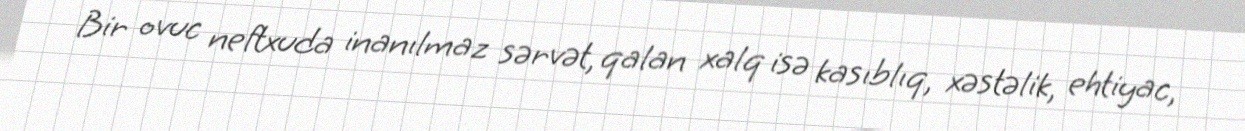
Bir ovuc neftxuda inanılmaz sərvət, qalan xalq isə kasıblıq, xəstəlik, ehtiyac,